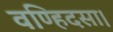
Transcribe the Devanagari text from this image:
वण्हिदसा।